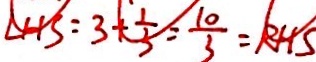
L H S = 3 + \frac { 1 } { 3 } = \frac { 1 0 } { 3 } = R H S